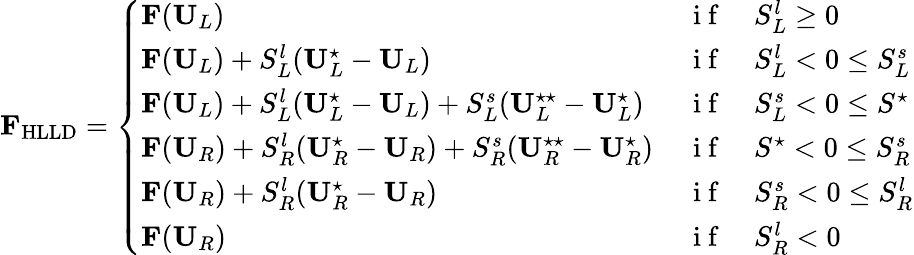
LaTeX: \mathbf{F}_{\mathrm{HLLD}}=\left\{ \begin{array}{ll}{\mathbf{F}(\mathbf{U}_{L})\, }&{\mathrm{~i~f~}\quad S_{L}^{l}\geq 0}\\ {\mathbf{F}(\mathbf{U}_{L})+S_{L}^{l}(\mathbf{U}_{L}^{\star}-\mathbf{U}_{L})\, }&{\mathrm{~i~f~}\quad S_{L}^{l}<0\leq S_{L}^{s}}\\ {\mathbf{F}(\mathbf{U}_{L})+S_{L}^{l}(\mathbf{U}_{L}^{\star}-\mathbf{U}_{L})+S_{L}^{s}(\mathbf{U}_{L}^{\star\star}-\mathbf{U}_{L}^{\star})\, }&{\mathrm{~i~f~}\quad S_{L}^{s}<0\leq S^{\star}}\\ {\mathbf{F}(\mathbf{U}_{R})+S_{R}^{l}(\mathbf{U}_{R}^{\star}-\mathbf{U}_{R})+S_{R}^{s}(\mathbf{U}_{R}^{\star\star}-\mathbf{U}_{R}^{\star})\, }&{\mathrm{~i~f~}\quad S^{\star}<0\leq S_{R}^{s}}\\ {\mathbf{F}(\mathbf{U}_{R})+S_{R}^{l}(\mathbf{U}_{R}^{\star}-\mathbf{U}_{R})\, }&{\mathrm{~i~f~}\quad S_{R}^{s}<0\leq S_{R}^{l}}\\ {\mathbf{F}(\mathbf{U}_{R})\, }&{\mathrm{~i~f~}\quad S_{R}^{l}<0}\end{array}\right.